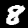
Digit: 8